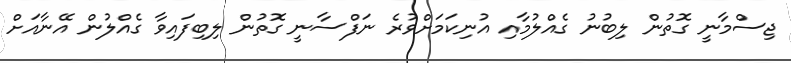
ޖިސްމާނީ ގޮތުން ލިބުނު ގެއްލުމާއި އުނިކަމަށްވުރެ ނަފްސާނީ ގޮތުން ލިބިފައިވާ ގެއްލުން އޭނާއަށް